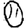
Digit: 0